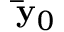
\mathbf { \bar { y } } _ { 0 }